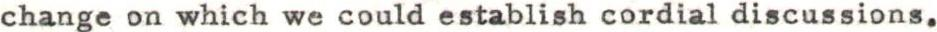
change on which we could establish cordial discussions.